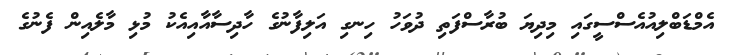
އެމްޑަބްލިއުއެސްސީގައި މިދިޔަ ބުރާސްފަތި ދުވަހު ހިނގި އަލިފާނުގެ ހާދިސާއާއިއެކު މުޅި މާލެއިން ފެނުގެ